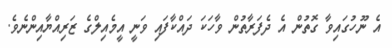
އެ ނޫހުގައިވާ ގޮތުން އެ ދެފަރާތުން ވާހަކަ ދައްކާފައި ވަނީ އީމެއިލްގެ ޒަރިއްޔާއިންނެވެ.